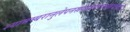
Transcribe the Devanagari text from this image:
श्यामम्बरानुलेपनस्रगाभरणामेकवक्त्रां